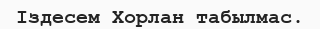
Іздесем Хорлан табылмас.